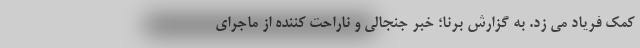
کمک فریاد می زد. به گزارش برنا؛ خبر جنجالی و ناراحت کننده از ماجرای